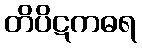
တိပိဋကဓရ